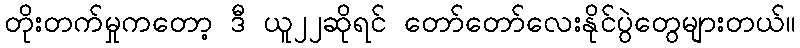
တိုးတက်မှုကတော့ ဒီ ယူ၂၂ဆိုရင် တော်တော်လေးနိုင်ပွဲတွေများတယ်။